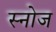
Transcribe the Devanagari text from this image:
स्नोज